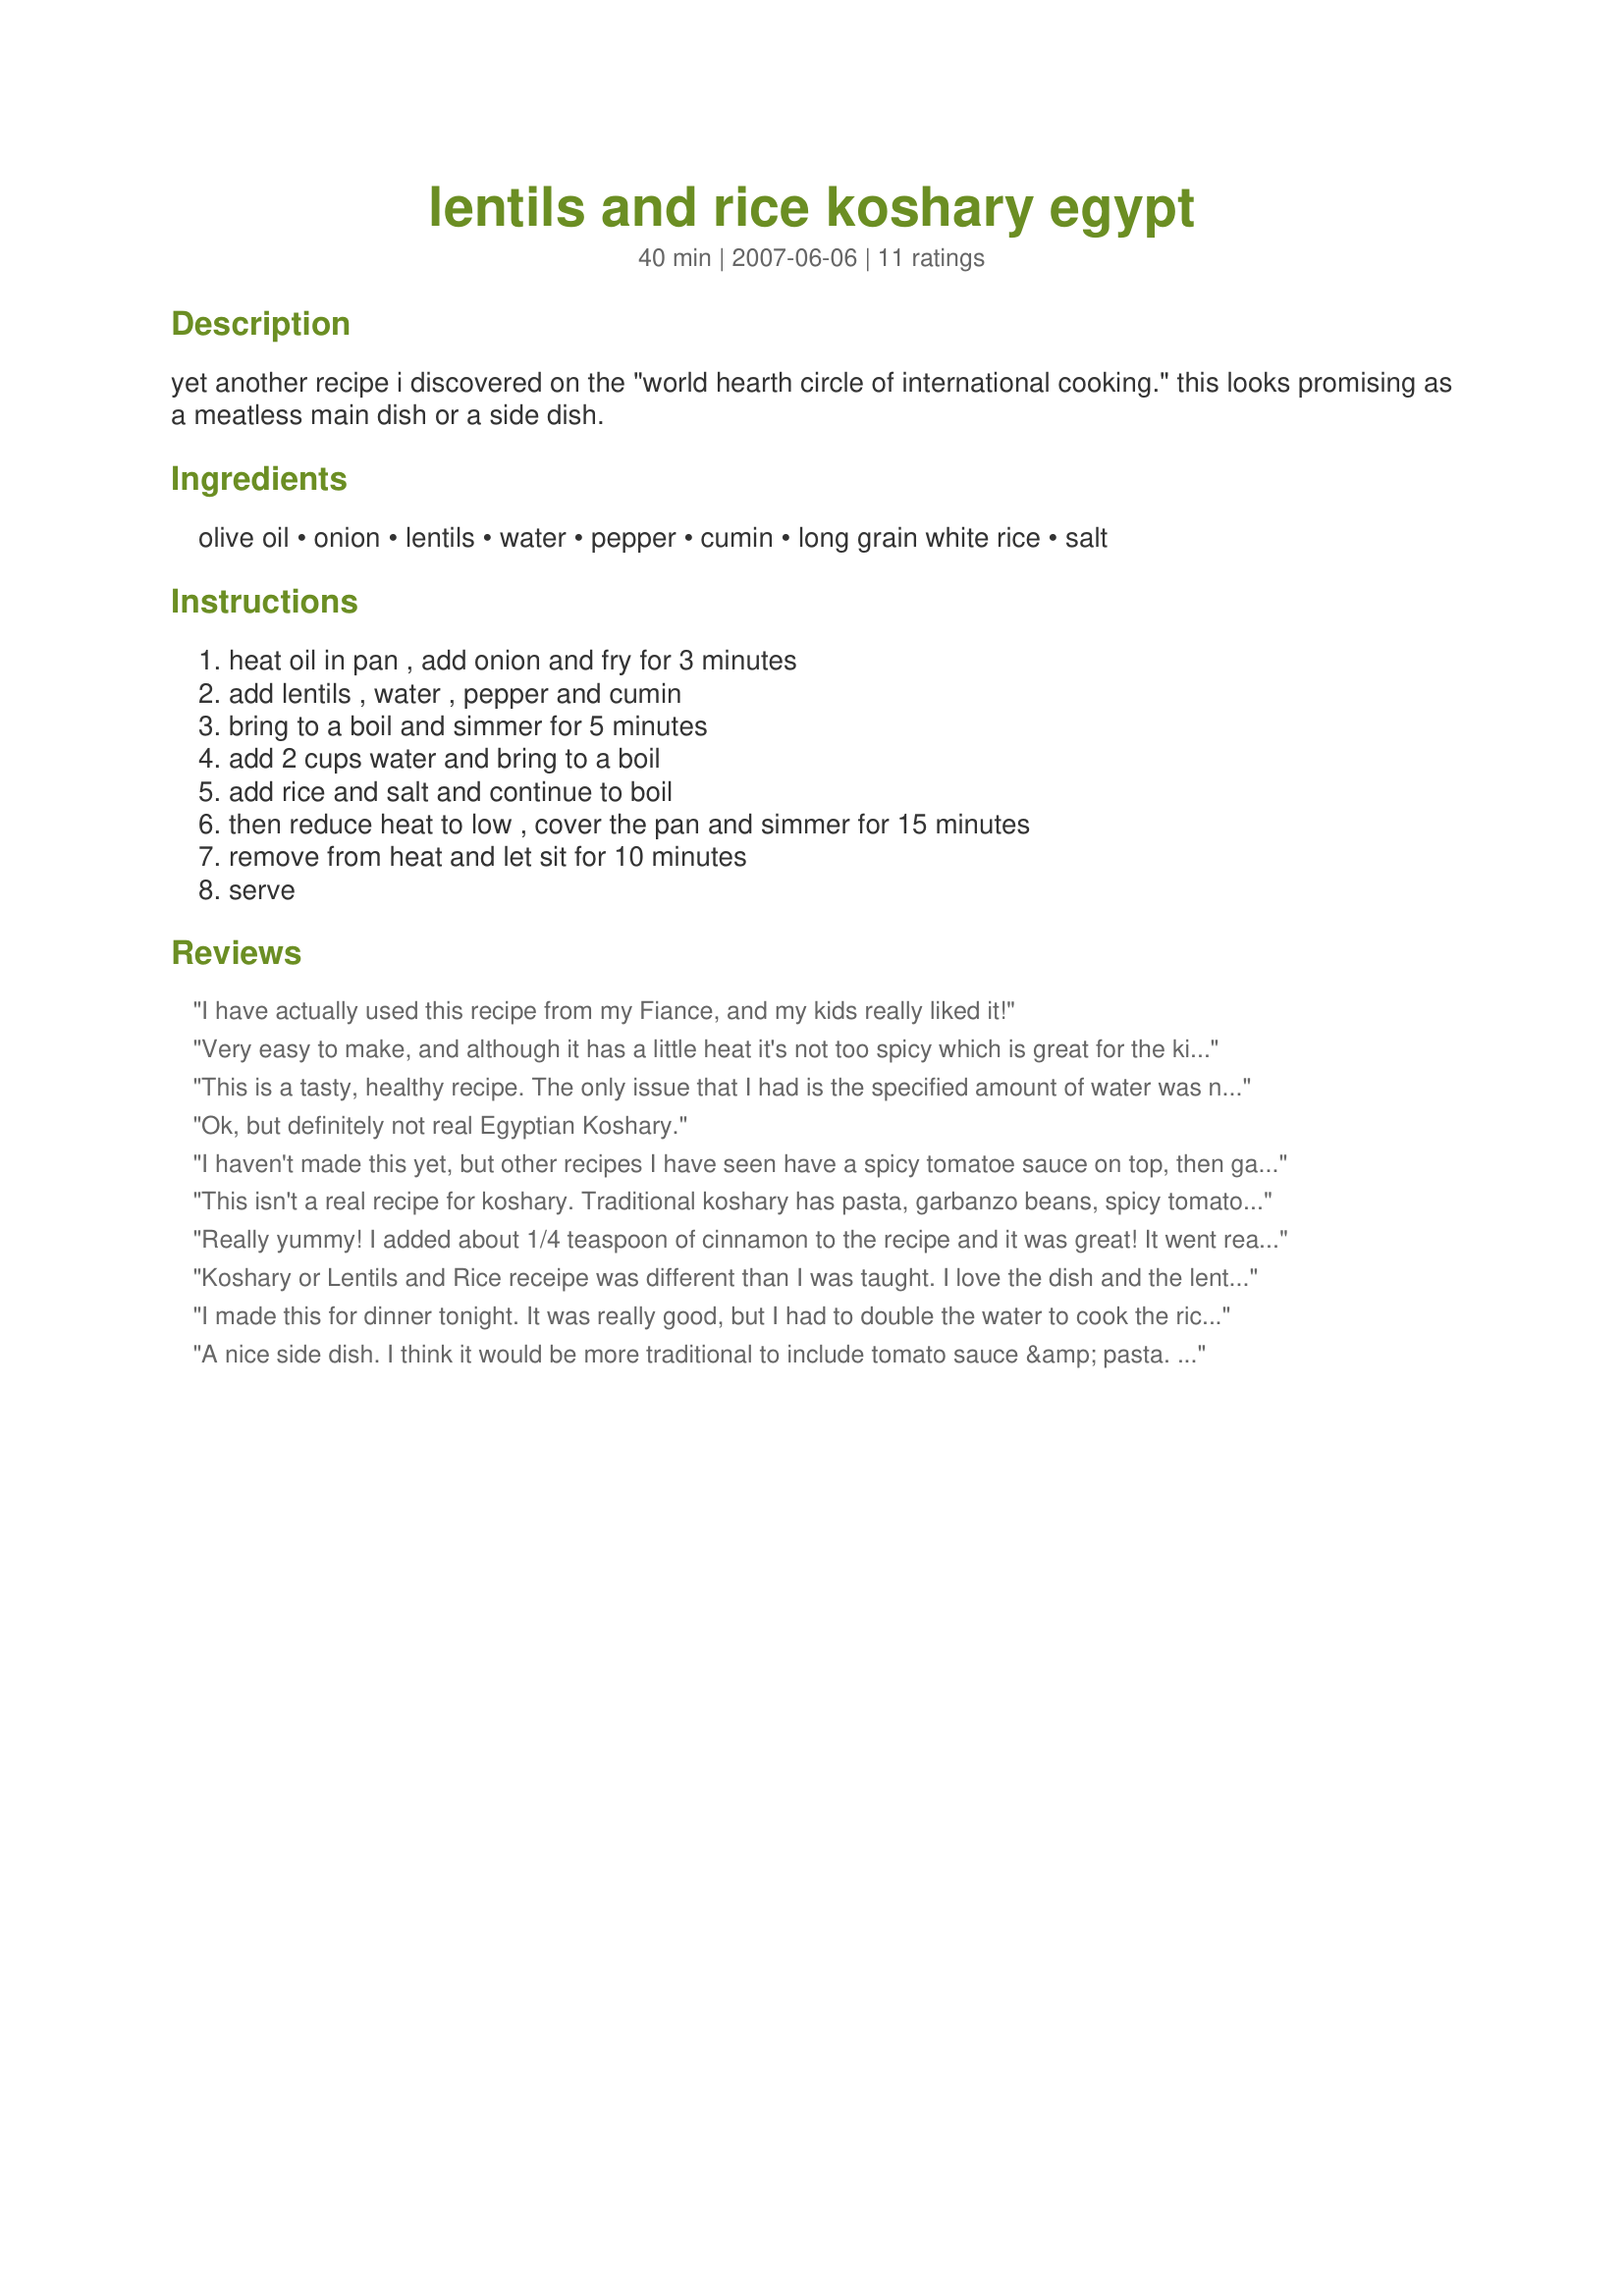
lentils and rice koshary egypt
Preparation time: 40 minutes

yet another recipe i discovered on the "world hearth circle of international cooking." this looks promising as a meatless main dish or a side dish.

Ingredients:
olive oil, onion, lentils, water, pepper, cumin, long grain white rice, salt

Steps:
heat oil in pan , add onion and fry for 3 minutes, add lentils , water , pepper and cumin, bring to a boil and simmer for 5 minutes, add 2 cups water and bring to a boil, add rice and salt and continue to boil, then reduce heat to low , cover the pan and simmer for 15 minutes, remove from heat and let sit for 10 minutes, serve

Reviews:
I have actually used this recipe from my Fiance, and my kids really liked it!
Very easy to make, and although it has a little heat it's not too spicy which is great for the kids. I served it with a side of warm tomato sauce watered down a bit to gravy consistency which could be added on top, or used to dip.
This is a tasty, healthy recipe. The only issue that I had is the specified amount of water was not nearly enough. I added two additional cups of water with the rice and the dish came out perfectly.
Ok, but definitely not real Egyptian Koshary.
I haven't made this yet, but other recipes I have seen have a spicy tomatoe sauce on top, then garnished with crisp fried onions. This seems like it would be better with the sauce. Maybe if I combined two recipes? hmmmmm....
This isn't a real recipe for koshary. Traditional koshary has pasta, garbanzo beans, spicy tomato sauce, and crispy fried onions (as a topping) in addition to rice and lentils. If you want to experience REAL koshary, find a different recipe. This looks like a good side dish though.
Really yummy! I added about 1/4 teaspoon of cinnamon to the recipe and it was great! It went really well with the stuffed grape leaves I made tody.
Koshary or Lentils and Rice receipe was different than I was taught. I love the dish and the lentils and rice, sauce, and elbow macaroni. I cooked the lentils twice as long as the rice and added chicken bullion to the water. I cooked it all more than 45 minutes in total or the lentils will be hard. The receipe needs to be re-written and corrected. My results and directions are different than the printed receipe. Sill a great dish.
I made this for dinner tonight. It was really good, but I had to double the water to cook the rice. I cooked the onion for much longer and because I used puy lentils, they also needed much longer cooking (than just the 5 minutes in step 3). I opted to use double the pepper and cumin and use chicken stock rather than water and salt. Don't get me wrong, the end result was excellent and I want to make this again!
A nice side dish. I think it would be more traditional to include tomato sauce &amp; pasta. It definitely needs something with a bolder flavor to go into or along with it.
This dish is great! I was a bit confused for a moment with the instructions. Step four says to add rice and salt, and continue to boil. I was not sure how long to continue boiling, before reducing the heat and covering. So, I went with about two minutes of boiling while stirring, then continued with step five. This seemed to work well for me. I also did use chicken broth, instead of water. Even with that one change, and my time "guesstimations", it came out perfect!We all LOVED this dish!I will make this again! Made for Zaar World Tour.
